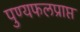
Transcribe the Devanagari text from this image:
पुण्यफलप्राप्त